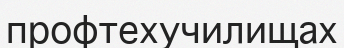
профтехучилищах